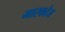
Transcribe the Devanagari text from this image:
मारकोज